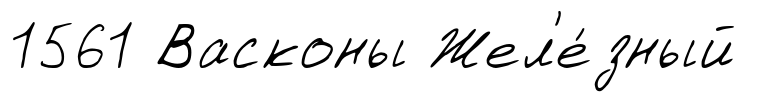
1561 Васконы Жел'е́зный